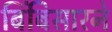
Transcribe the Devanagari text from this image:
बिंबिसारने